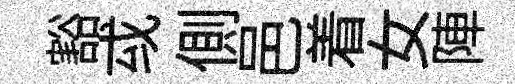
豁㦯側邑着女陣